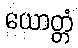
ယောတ္တံ